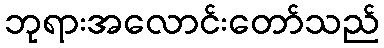
ဘုရားအလောင်းတော်သည်